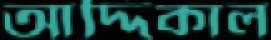
আদ্দিকাল